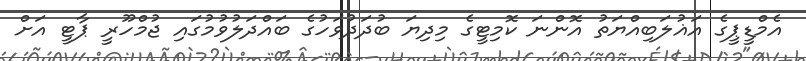
އެމްޑީޕީގެ އަޣުލަބިއްޔަތު އޮންނަ ކޮމިޓީގެ މިދިޔަ ބުދަދުވަހުގެ ބައްދަލުވުމުގައި ޖުމްހޫރީ ޕާޓީ އަށް